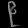
Digit: ၉